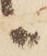
候